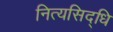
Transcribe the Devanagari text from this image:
नित्यसिद्धि